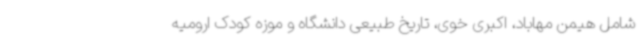
شامل هیمن مهاباد، اکبری خوی، تاریخ طبیعی دانشگاه و موزه کودک ارومیه